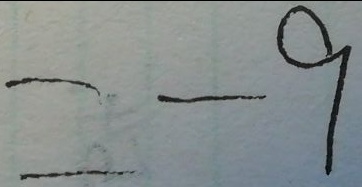
= - 9